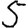
Digit: 5